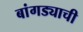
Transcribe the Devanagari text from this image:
बांगड्याची